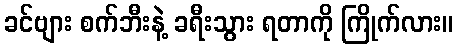
ခင်ဗျား စက်ဘီးနဲ့ ခရီးသွား ရတာကို ကြိုက်လား။